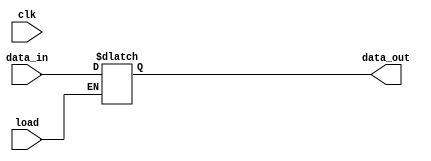
`timescale 1ns / 1ps
module pipo(
    input [15:0]data_in,
    input load, clk,
    output reg [15:0]data_out
    );
    
    always@(clk)
    begin
    if(load)
      data_out <= data_in;
    end
endmodule